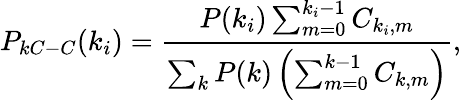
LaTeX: P_{kC-C}(k_{i})=\frac{P(k_{i})\sum_{m=0}^{k_{i}-1}C_{k_{i},m}}{\sum_{k}P(k)\left(\sum_{m=0}^{k-1}C_{k,m}\right)},